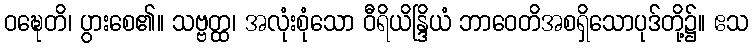
ဝဍ္ဎေတိ၊ ပွားစေ၏။ သဗ္ဗတ္ထ၊ အလုံးစုံသော ဝီရိယိန္ဒြိယံ ဘာဝေတိအစရှိသောပုဒ်တို့၌။ ဧသ